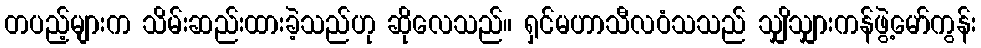
တပည့်များက သိမ်းဆည်းထားခဲ့သည်ဟု ဆိုလေသည်။ ရှင်မဟာသီလဝံသသည် သျှိသျှားကန်ဖွဲ့မော်ကွန်း